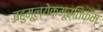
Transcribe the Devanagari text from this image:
बहुमूल्येकमूर्तिकम्‌